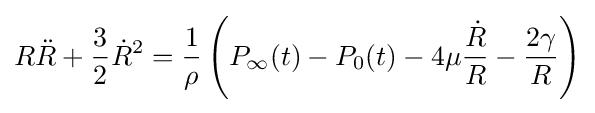
R{\ddot {R}}+{\frac {3}{2}}{\dot {R}}^{2}={\frac {1}{\rho }}\left(P_{\infty }(t)-P_{0}(t)-4\mu {\frac {\dot {R}}{R}}-{\frac {2\gamma }{R}}\right)